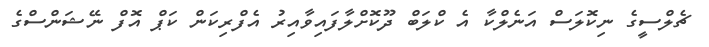
ޗެލްސީގެ ނިކޮލަސް އަނެލްކާ އެ ކްލަބް ދޫކޮށްލާފައިވާއިރު އެފްރިކަން ކަޕް އޮފް ނޭޝަންސްގެ